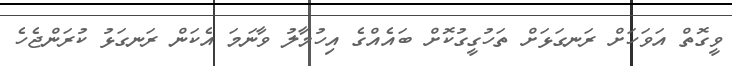
ވީގޮތް އަވަހަށް ރަނގަޅަށް ތަހުގީގުކޮށް ބައެއްގެ އިހުމާލު ވާނަމަ އެކަން ރަނގަޅު ކުރަންޖެހެ